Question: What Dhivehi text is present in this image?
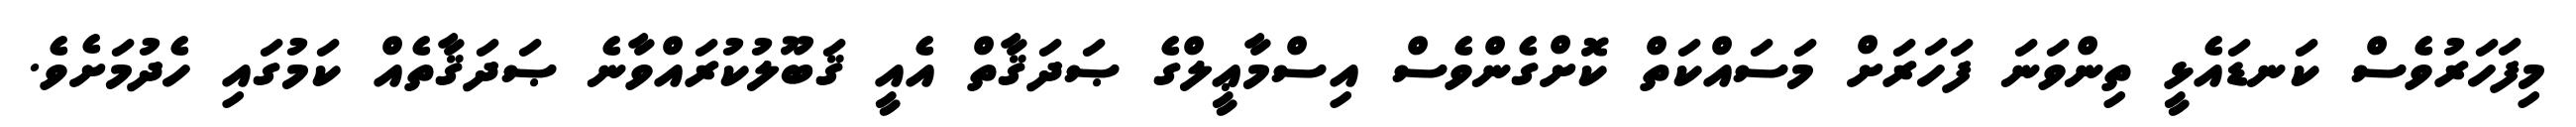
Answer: މިފަހަރުވެސް ކަނޑައެޅީ ތިންވަނަ ފަހަރަށް މަސައްކަތް ކޮށްގެންވެސް އިސްމާޢީލްގެ ޞަދަޤާތް އެއީ ޤަބޫލުކުރައްވާނެ ޞަދަޤާތެއް ކަމުގައި ހެދުމަށެވެ.